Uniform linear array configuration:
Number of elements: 16
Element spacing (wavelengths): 0.5
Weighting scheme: cosine
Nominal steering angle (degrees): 45
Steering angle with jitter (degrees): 44.862
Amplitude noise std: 0.05
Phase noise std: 0.05

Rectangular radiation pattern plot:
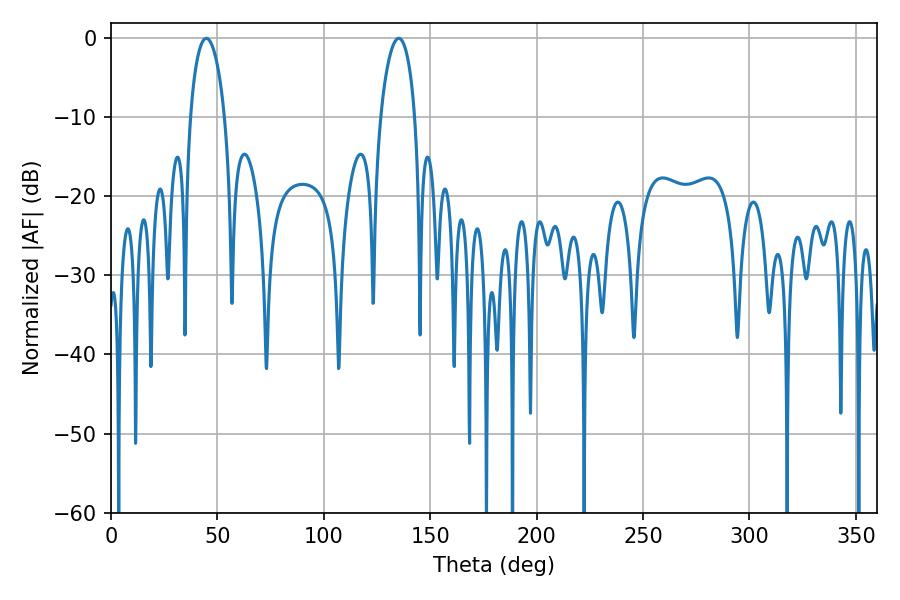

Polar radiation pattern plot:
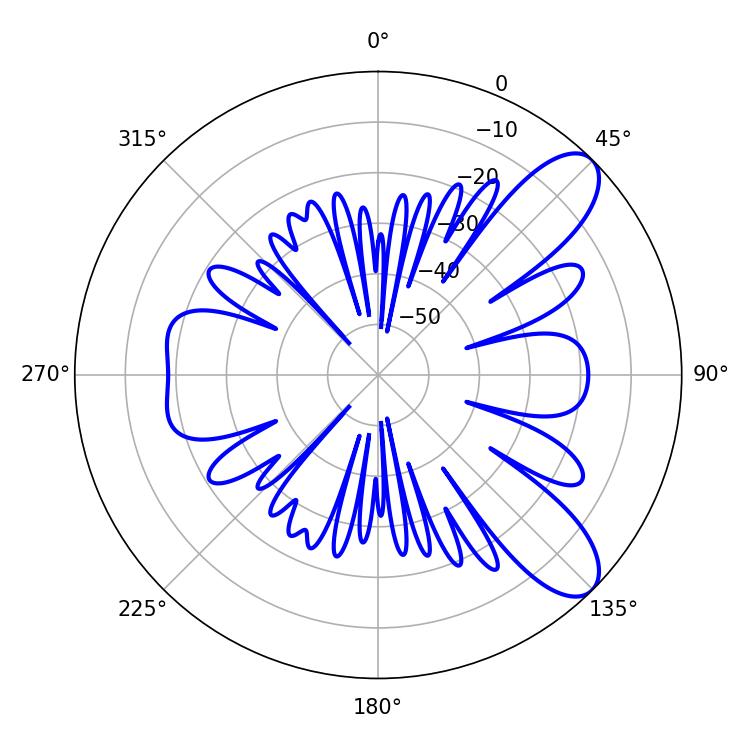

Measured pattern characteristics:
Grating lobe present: FALSE
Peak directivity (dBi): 9.192
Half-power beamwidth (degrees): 9.18
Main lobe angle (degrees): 44.82